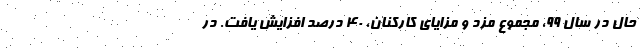
حال در سال ۹۹، مجموع مزد و مزایای کارکنان، ۴۰ درصد افزایش یافت. در